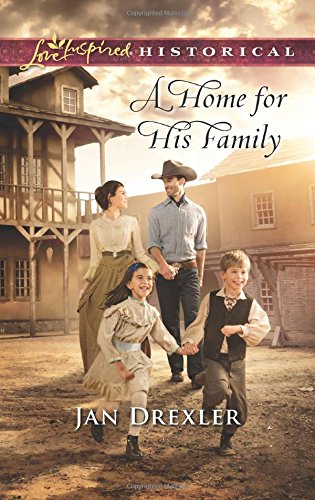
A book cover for A Home for His Family (Love Inspired Historical); Jan Drexler; Christian Books & Bibles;